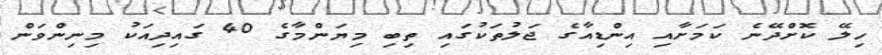
ހިލޭ ކޮށްދޭނެ ކަމަށާއި އިންޑިއާގެ ޖަލުތަކުގައި ތިބި މިޔަންމާގެ 40 ގައިދިއަކު މިނިންވަން